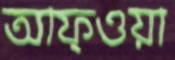
আফ্ওয়া